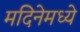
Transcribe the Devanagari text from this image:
मदिनेमध्ये